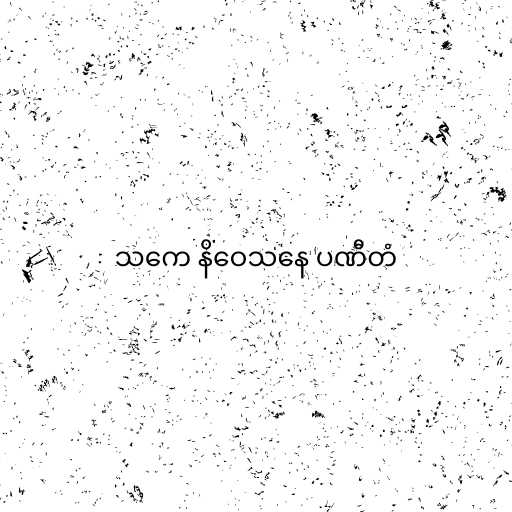
သကေ နိဝေသနေ ပဏီတံ